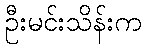
ဦးမင်းသိန်းက